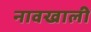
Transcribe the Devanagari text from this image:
नावखाली